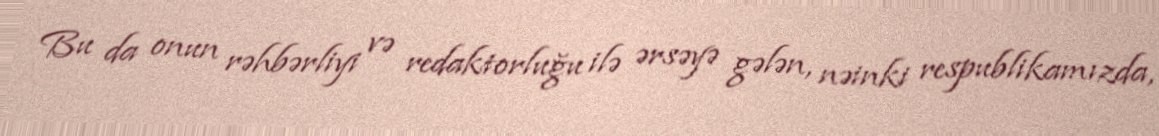
Bu da onun rəhbərliyi və redaktorluğu ilə ərsəyə gələn, nəinki respublikamızda,